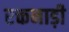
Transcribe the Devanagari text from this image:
रक्तनाड़ी